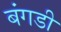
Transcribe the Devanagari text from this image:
बंगडी